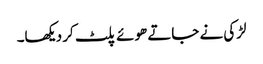
لڑکی نے جاتے ھوئے پلٹ کر دیکھا۔